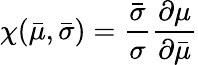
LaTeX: \chi(\bar{\mu},\bar{\sigma})=\frac{\bar{\sigma}}{\sigma}\frac{\partial\mu}{\partial\bar{\mu}}